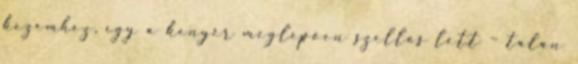
kezemhez, így a kenyér meglepően szellős lett – talán